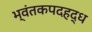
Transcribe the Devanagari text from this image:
भ्वंतकपदहद्ध